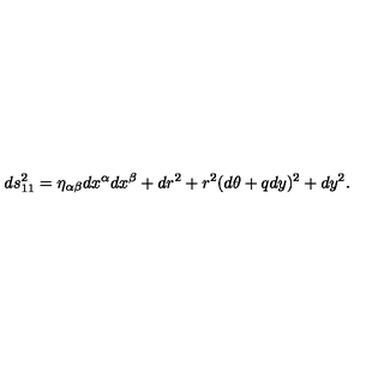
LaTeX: d s _ { 1 1 } ^ { 2 } = \eta _ { \alpha \beta } d x ^ { \alpha } d x ^ { \beta } + d r ^ { 2 } + r ^ { 2 } ( d \theta + q d y ) ^ { 2 } + d y ^ { 2 } .